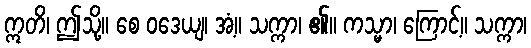
ဣတိ၊ ဤသို့။ စေ ဝဒေယျ၊ အံ့။ သက္ကာ၊ ၏။ ကသ္မာ၊ ကြောင့်။ သက္ကာ၊